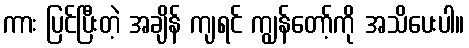
ကား ပြင်ပြီးတဲ့ အချိန် ကျရင် ကျွန်တော့်ကို အသိပေးပါ။